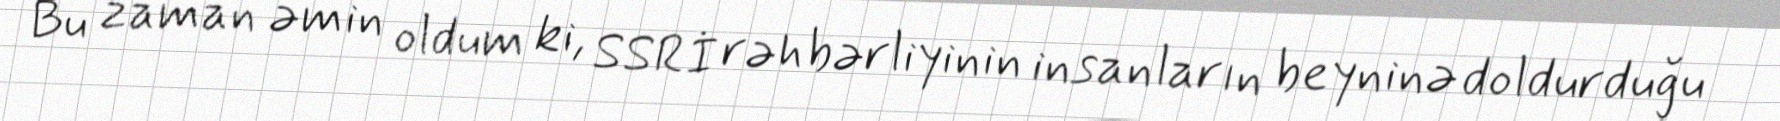
Bu zaman əmin oldum ki, SSRİ rəhbərliyinin insanların beyninə doldurduğu